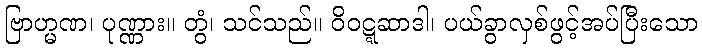
ဗြာဟ္မဏ၊ ပုဏ္ဏား။ တွံ၊ သင်သည်။ ဝိဝဋ္ဋဆာဒါ၊ ပယ်ခွာလှစ်ဖွင့်အပ်ပြီးသော